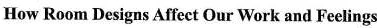
How Room Designs Affect Our Work and Feclings